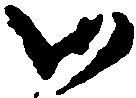
御